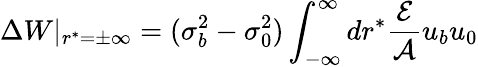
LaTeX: \Delta W|_{r^{*}=\pm\infty}=(\sigma_{b}^{2}-\sigma_{0}^{2})\int_{-\infty}^{\infty}dr^{*}\frac{{\cal E}}{{\cal A}}u_{b}u_{0}